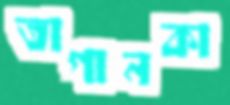
তাগানকা